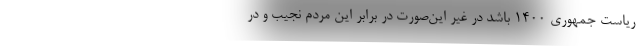
ریاست جمهوری 1400 باشد در غیر این‌صورت در برابر این مردم نجیب و در